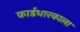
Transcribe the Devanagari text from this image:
कार्डधारकाला